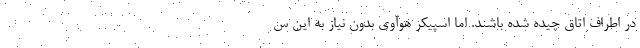
در اطراف اتاق چیده شده باشند. اما اسپیکر هوآوی بدون نیاز به این س